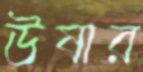
উষার